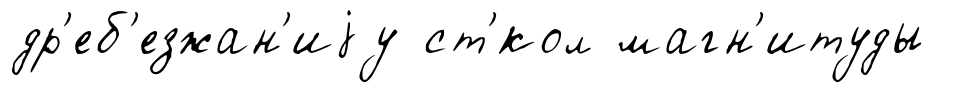
др'еб'езжан'иjу ст'́кол магн'итуды